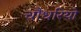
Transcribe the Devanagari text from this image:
चौधरियो